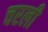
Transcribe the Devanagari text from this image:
चरली